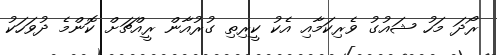
ރޯދަ މަހު ޝައުގު ވެރިކަމާއި އެކު ކީރިތި ގުރުއާން ރީއްޗަށް ކޮންމެ ދުވަހަކު